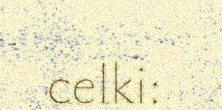
celki: